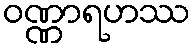
ဝဏ္ဏာရဟဿ